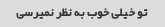
تو خیلی خوب به نظر نمیرسی